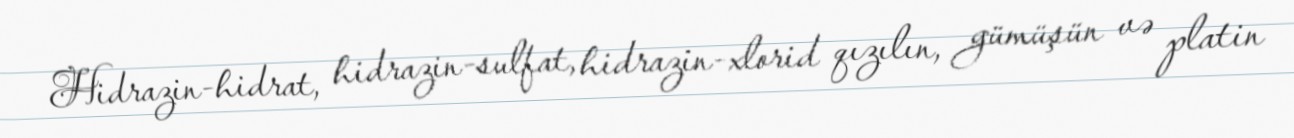
Hidrazin-hidrat, hidrazin-sulfat, hidrazin-xlorid qızılın, gümüşün və platin